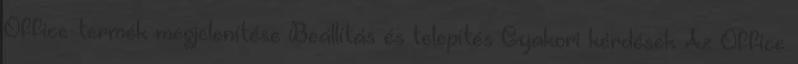
Office-termék megjelenítése Beállítás és telepítés Gyakori kérdések Az Office